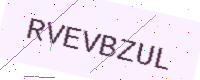
Text: RVEVBZUL